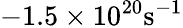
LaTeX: -1.5\times 10^{20}\mathrm{s}^{-1}